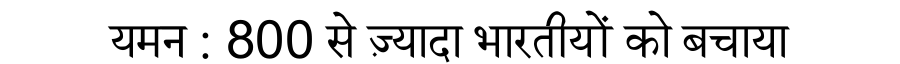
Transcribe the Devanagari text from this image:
यमन : 800 से ज़्यादा भारतीयों को बचाया